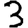
Digit: 3